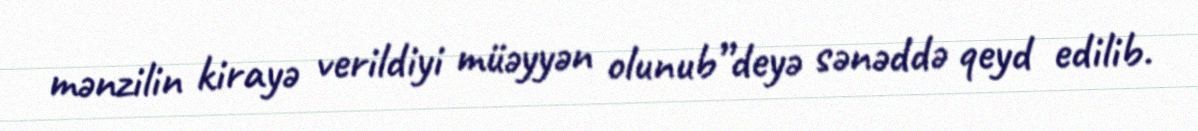
mənzilin kirayə verildiyi müəyyən olunub”deyə sənəddə qeyd edilib.